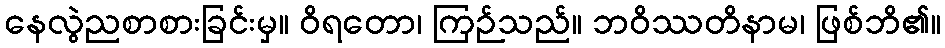
နေလွဲညစာစားခြင်းမှ။ ဝိရတော၊ ကြဉ်သည်။ ဘဝိဿတိနာမ၊ ဖြစ်ဘိ၏။